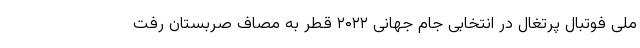
ملی فوتبال پرتغال در انتخابی جام جهانی ۲۰۲۲ قطر به مصاف صربستان رفت